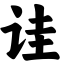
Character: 诖